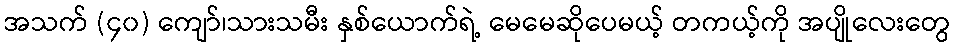
အသက် (၄၀) ကျော်၊သားသမီး နှစ်ယောက်ရဲ့ မေမေဆိုပေမယ့် တကယ့်ကို အပျိုလေးတွေ